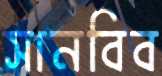
সানবিব